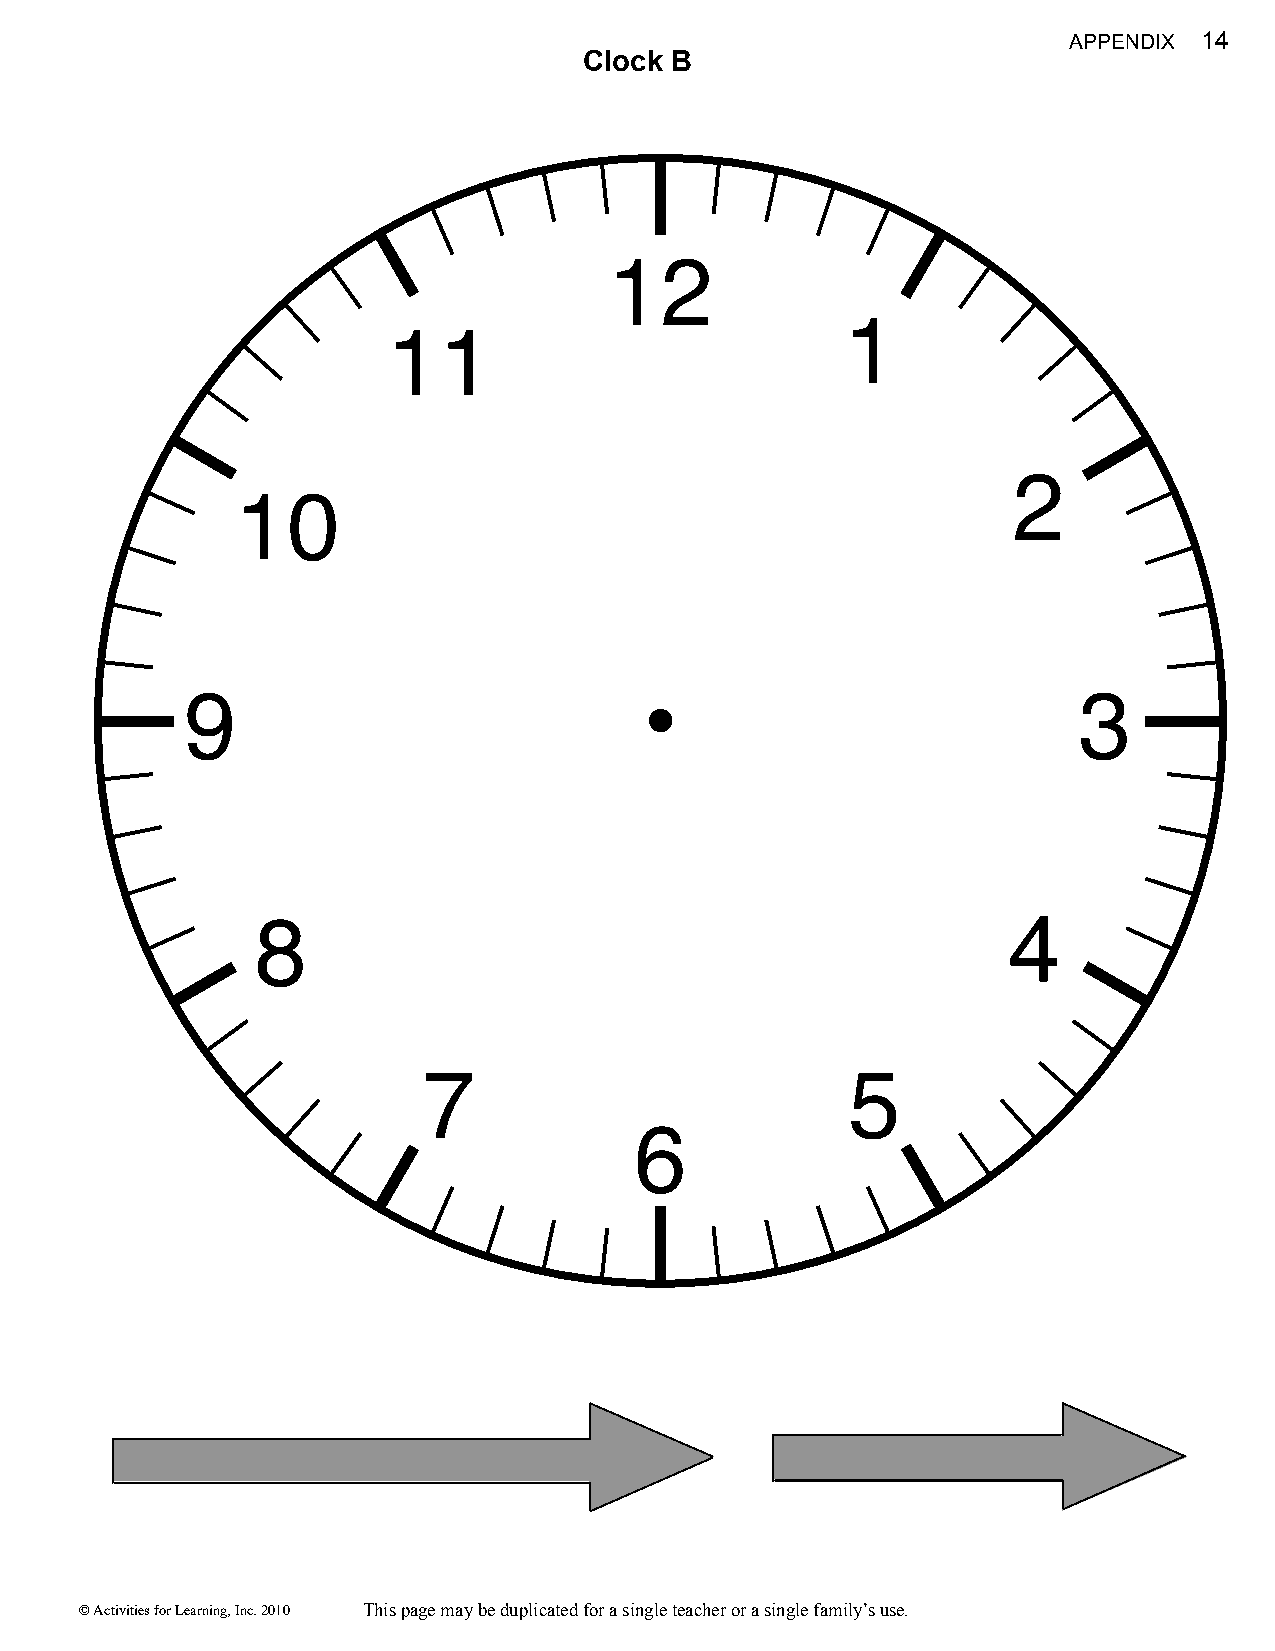
APPENDIX 14
 Clock B
 12
 1
 11
 2
 10
 9                                                          3
 8                                                 4
 7                           5
 6
 © Activities for Learning, Inc. 2010 This page may be duplicated for a single teacher or a single family’s use.